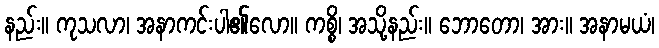
နည်း။ ကုသလာ၊ အနာကင်းပါ၏လော။ ကစ္စိ၊ အသို့နည်း။ ဘောတော၊ အား။ အနာမယံ၊